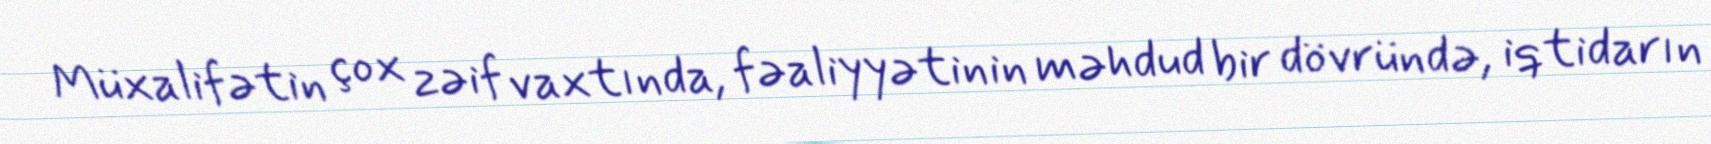
Müxalifətin çox zəif vaxtında, fəaliyyətinin məhdud bir dövründə, iqtidarın